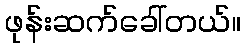
ဖုန်းဆက်ခေါ်တယ်။